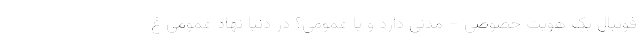
فوتبال یک هویت خصوصی – مدنی دارد و یا عمومی؟ در دنیا نهاد عمومی غ